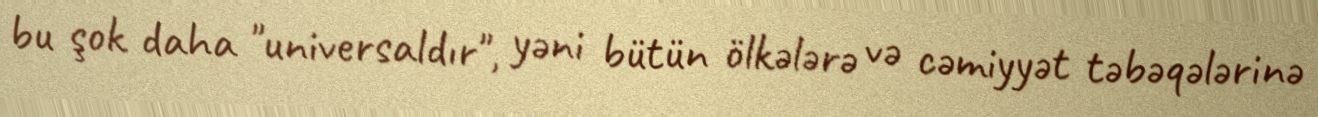
bu şok daha "universaldır", yəni bütün ölkələrə və cəmiyyət təbəqələrinə